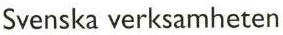
Svenska verksamheten